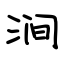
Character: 涧